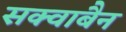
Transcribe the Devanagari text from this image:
सक्वाबैन